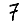
Digit: 7